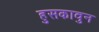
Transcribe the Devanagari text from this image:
हुसकावुन